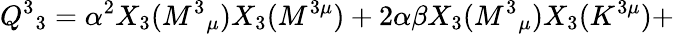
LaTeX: Q^{3}{}_{3}=\alpha^{2}X_{3}(M^{3}{}_{\mu})X_{3}(M^{3\mu})+2\alpha\beta X_{3}(M^{3}{}_{\mu})X_{3}(K^{3\mu})+